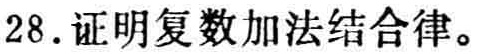
28. 证明复数加法结合律。